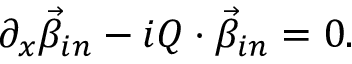
\partial _ { x } \vec { \beta } _ { i n } - i Q \cdot \vec { \beta } _ { i n } = 0 .